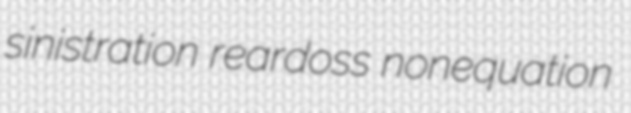
sinistration reardoss nonequation